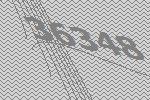
36348